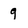
Character: 9